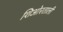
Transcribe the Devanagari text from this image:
शिओरताली